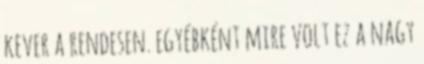
kever a rendesen. egyébként mire volt ez a nagy